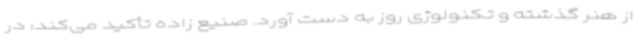
از هنر گذشته و تکنولوژی روز به دست آورد. صنیع زاده تأکید می‌کند: در